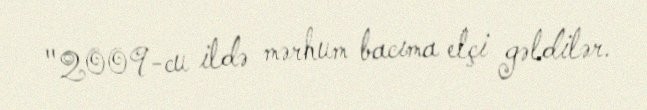
"2009-cu ildə mərhum bacıma elçi gəldilər.